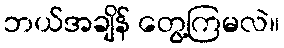
ဘယ်အချိန် တွေ့ကြမလဲ။